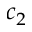
c _ { 2 }